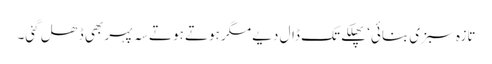
تازہ سبزی بنائی‘ پھلکے تک ڈال دیے مگر ہوتے ہوتے سہ پہر بھی ڈھل گئی۔